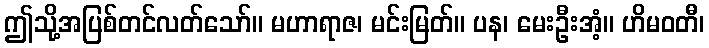
ဤသို့အပြစ်တင်လတ်သော်။ မဟာရာဇ၊ မင်းမြတ်။ ပန၊ မေးဦးအံ့။ ဟိမဝတီ၊